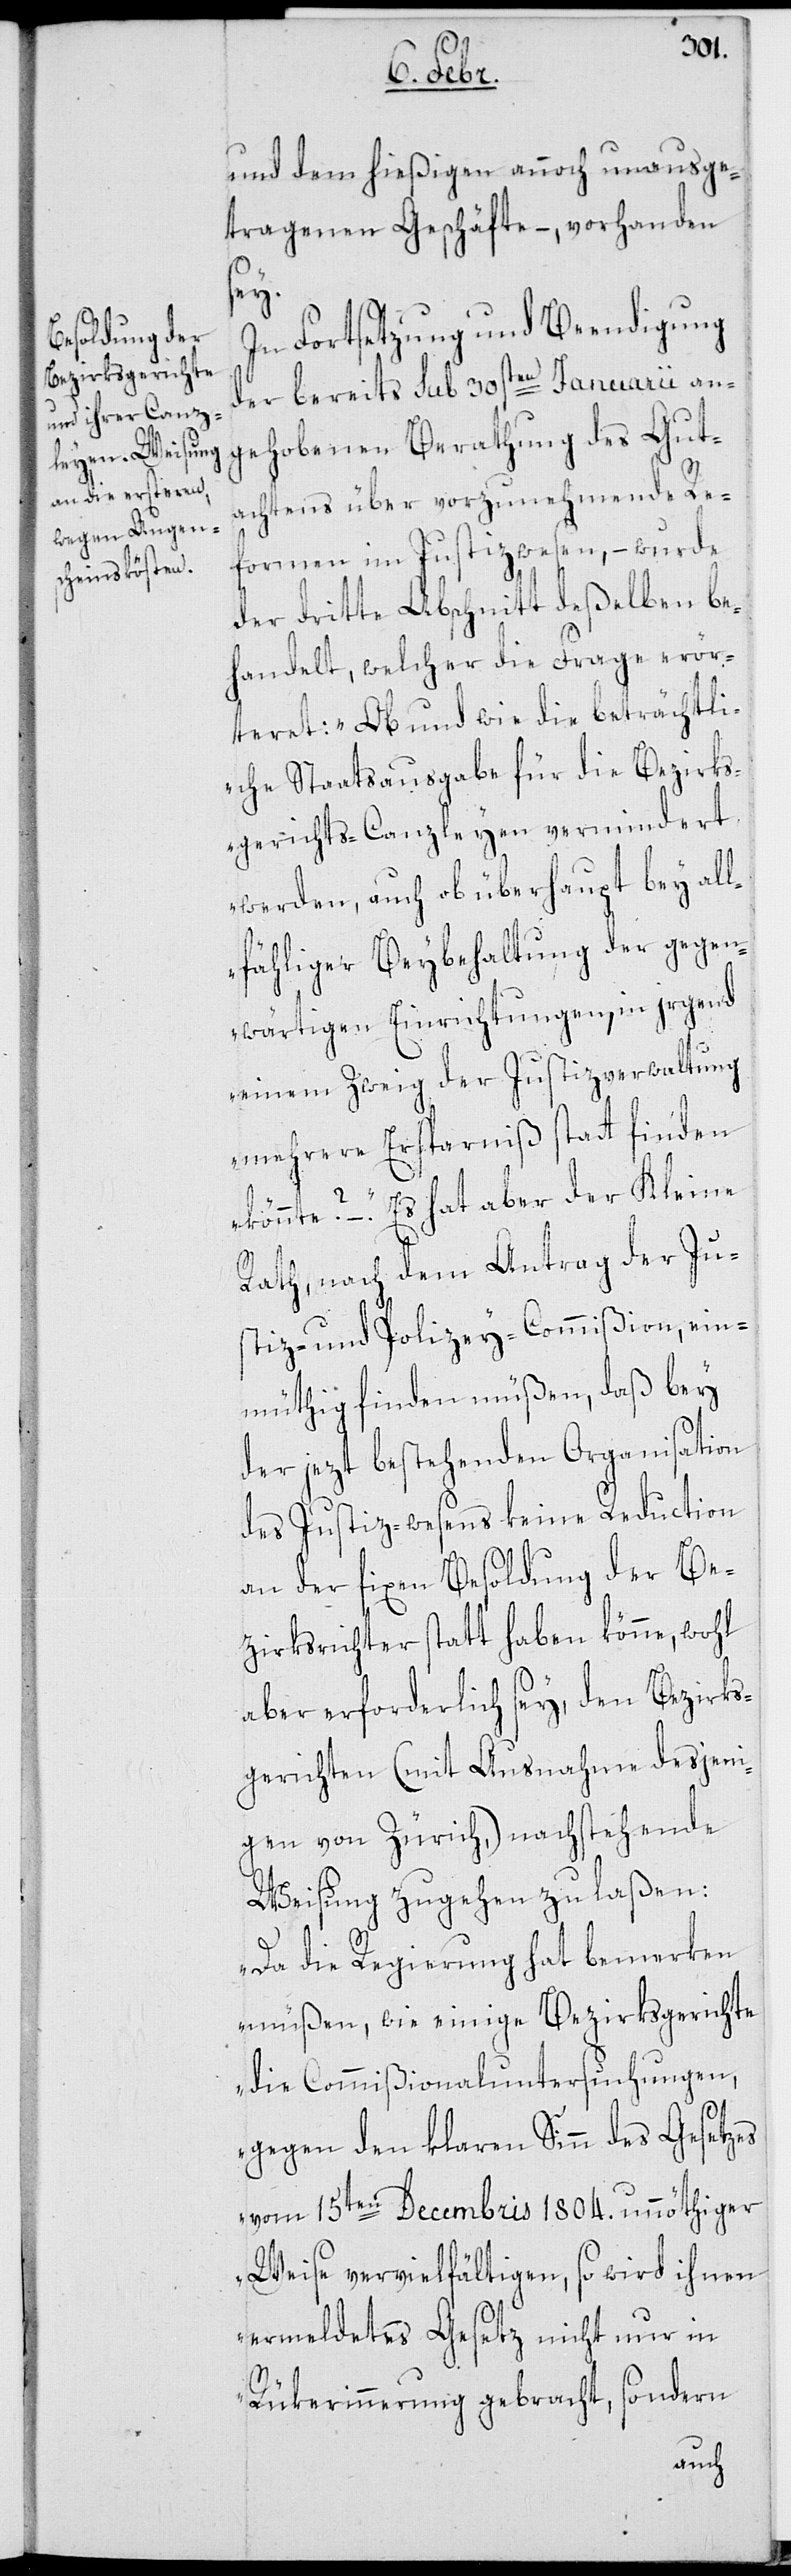
und dem hießigen annoch unausge¬
tragenen Geschäfte, – vorhanden
sey.
In Fortsetzung und Beendigung
der bereits sub 30sten Januarii an¬
gehobenen Berathung des Gut¬
achtens über vorzunehmende Re¬
formen im Justizwesen, – wurde
der dritte Abschnitt deßelben be¬
handelt, welcher die Frage erör¬
teret: „Ob und wie die beträchtli¬
che Staatsausgabe für die Bezirks¬
gerichts-Canzleyen vermindert
werden, auch ob überhaupt bey all¬
fähliger Beybehaltung der gegen¬
wärtigen Einrichtungen, in irgend
einem Zweig der Justizverwaltung
mehrere Ersparniß stattfinden
könnte?“ – Es hat aber der Kleine
Rath, nach dem Antrag der Ju¬
stiz- und Polizey-Commißion ein¬
müthig finden müßen, daß bey
der jezt bestehenden Organisation
des Justiz-Wesens keine Reduction
an der fixen Besoldung der Be¬
zirksrichter statt haben könne, wohl
aber erforderlich sey, den Bezirks¬
gerichten (mit Ausnahme desjeni¬
gen von Zürich) nachstehende
Weisung zugehen zu laßen:
„Da die Regierung hat bemerken
müßen, wie einige Bezirksgerichte
die Commißionaluntersuchungen,
gegen den klaren Sinn des Gesetzes
vom 15ten Decembris 1804. unnöthiger
Weise vervielfältigen, so wird ihnen
ermeldetes Gesetz nicht nur in
Rükerinnerung gebracht, sondern